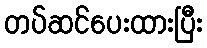
တပ်ဆင်ပေးထားပြီး